Medical and sanitary report of the native army of Madras for the year
Year: 1877
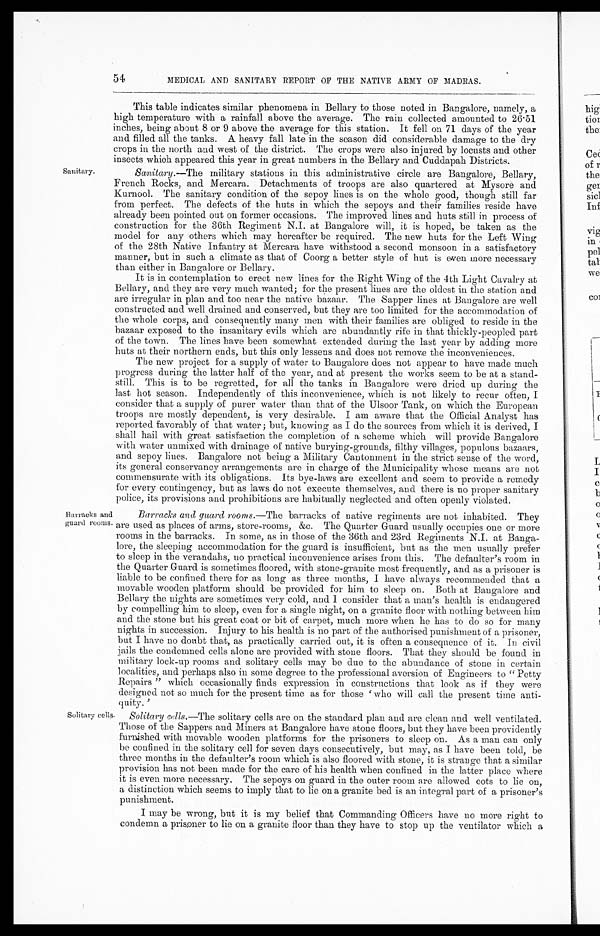
Sanitary.
54
MEDICAL AND SANITARY REPORT OF THE NATIVE ARMY OF MADRAS.
This table indicates similar phenomena in Bellary to those noted in Bangalore, namely, a
high temperature with a rainfall above the average. The rain collected amounted to 26.51
inches, being about 8 or 9 above the average for this station. It fell on 71 days of the year
and filled all the tanks. A heavy fall late in the season did considerable damage to the dry
crops in the north and west of the district. The crops were also injured by locusts and other
insects which appeared this year in great numbers in the Bellary and Cuddapah Districts
.
Sanitary .—The military stations in this administrative circle are Bangalore, Bellary,
French Rocks, and Mercara. Detachments of troops are also quartered at Mysore and
Kurnool. The sanitary condition of the sepoy lines is on the whole good, though still far
from perfect. The defects of the huts in which the sepoys and their families reside have
already been pointed out on former occasions. The improved lines and huts still in process of
construction for the 36th Regiment N.I. at Bangalore will, it is hoped, be taken as the
model for any others which may hereafter be required. The new huts for the Left Wing
of the 28th Native Infantry at Mercara have withstood a second monsoon in a satisfactory
manner, but in such a climate as that of Coorg a better style of hut is even more necessary
than either in Bangalore or Bellary.
It is in contemplation to erect new lines for the Right Wing of the 4th Light Cavalry at
Bellary, and they are very much wanted; for the present lines are the oldest in the station and
are irregular in plan and too near the native bazaar. The sapper lines at Bangalore are well
constructed and well drained and conserved, but they are too limited for the accommodation of
the whole corps, and consequently many men with their families are obliged to reside in the
bazaar exposed to the insanitary evils which are abundantly rife in that thickly-peopled part
of the town. The lines have been somewhat extended during the last year by adding more
huts at their northern ends, but this only lessens and does not remove the inconveniences.
The new project for a supply of water to Bangalore does not appear to have made much
progress during the latter half of the year, and at present the works seem to be at a stand
- s t i l l . T h i s i s t o b e r e g r e t t e d , f o r a l l t h e t a n k s i n B a n g a l o r e w e r e d r i e d u p d u r i n g t h e
last hot season. Independently of this inconvenience, which is not likely to recur often, I
consider that a supply of purer water than that of the Ulsoor Tank, on which the European
troops are mostly dependent, is very desirable. I am aware that the Official Analyst has
reported favorably of that water ; but, knowing as I do the sources from which it is derived, I
shall hail with great satisfaction the completion of a scheme which will provide Bangalore
with water unmixed with drainage of native burying-grounds, filthy villages, populous bazaars,
a n d s e p o y l i n e s . Ba n g a l o r e n o t b e i n g a Mi l i t a r y Ca n t o n me n t i n t h e s t r i c t s e n s e o f t h e wo r d ,
its general conservancy arrangements are in charge of the Municipality whose means are not
commensurate with its obligations. Its bye-laws are excellent and seem to provide a remedy
for every contingency, but as laws do not execute themselves, and there is no proper sanitary
police, its provisions and prohibitions are habitually neglected and often openly violated.
Barracks and
guard rooms
Barracks and guard rooms .—The barracks of native regiments are not inhabited. They
are used as places of arms, store-rooms, &c. The Quarter Guard usually occupies one or more
rooms in the barracks. In some, as in those of the 36th and 23rd Regiments N.I. at Banga
-lore, the sleeping accommodation for the guard is insufficient, but as the men usually prefer
to sleep in the verandahs, no practical inconvenience arises from this. The defaulter's room in
the Quarter Guard is sometimes floored, with stone-granite most frequently, and as a prisoner is
liable to be confined there for as long as three months, I have always recommended that a
movable wooden platform should be provided for him to sleep on. Both at Bangalore and
Bellary the nights are sometimes very cold, and I consider that a man's health is endangered
by compelling him to sleep, even for a single night, on a granite floor with nothing between him
and the stone but his great coat or bit of carpet, much more when he has to do so for many
nights in succession. Injury to his health is no part of the authorised punishment of a prisoner,
but I have no doubt that, as practically carried out, it is often a consequence of it. In civil
jails the condemned cells alone are provided with stone floors. That they should be found in
military lock-up rooms and solitary cells may be due to the abundance of stone in certain
localities, and perhaps also in some degree to the professional aversion of Engineers to "Petty
Repairs" which occasionally finds expression in constructions that look as if they were
designed not so much for the present time as for those 'who will call the present time anti
- q u i t y . '
Solitary cells.
Solitary cells.— The solitary cells are on the standard plan and are clean and well ventilated.
Those of the Sappers and Miners at Bangalore have stone floors, but they have been providently
furnished with movable wooden platforms for the prisoners to sleep on. As a man can only
be confined in the solitary cell for seven days consecutively, but may, as I have been told, be
three months in the defaulter's room which is also floored with stone, it is strange that a similar
provision has not been made for the care of his health when confined in. the latter place where
it is even more necessary. The sepoys on guard in the outer room are allowed cots to lie on,
a distinction which seems to imply that to lie on a granite bed is an integral part of a prisoner's
punishment.
I may be wrong, but it is my belief that Commanding Officers have no more right to
condemn a prisoner to lie on a granite floor than they have to stop up the ventilator which a